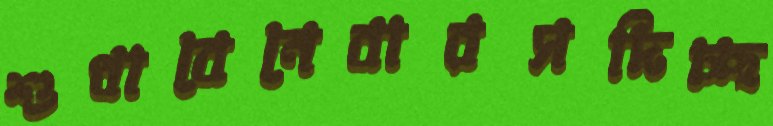
শুধাবেনেবারসদিচ্ছ